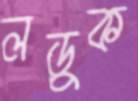
লড়ুক